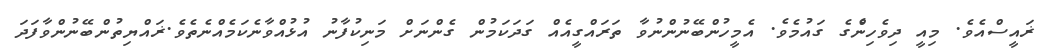
ޜައީސްއެވެ. މިއީ ދިވެހިންެގެ ގައުމެވެ. އެމީހުންބޭނުންނުވާ ތަރައްގީއެއް ގަަދަކަމުން ގެންނަށް މަނިކުފާނު އުޅުއްވާނެކަމެއްނެތެވެ.ޜައްޔިތުންބޭނުންވާފަދަ